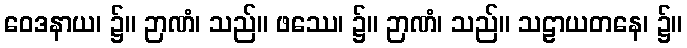
ဝေဒနာယ၊ ၌။ ဉာဏံ၊ သည်။ ဖဿေ၊ ၌။ ဉာဏံ၊ သည်။ သဠာယတနေ၊ ၌။